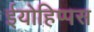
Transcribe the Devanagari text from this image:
ईयोहिप्पस